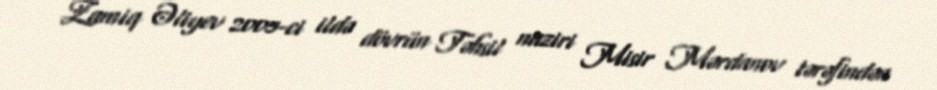
Zamiq Əliyev 2005-ci ildə dövrün Təhsil naziri Misir Mərdanov tərəfindən